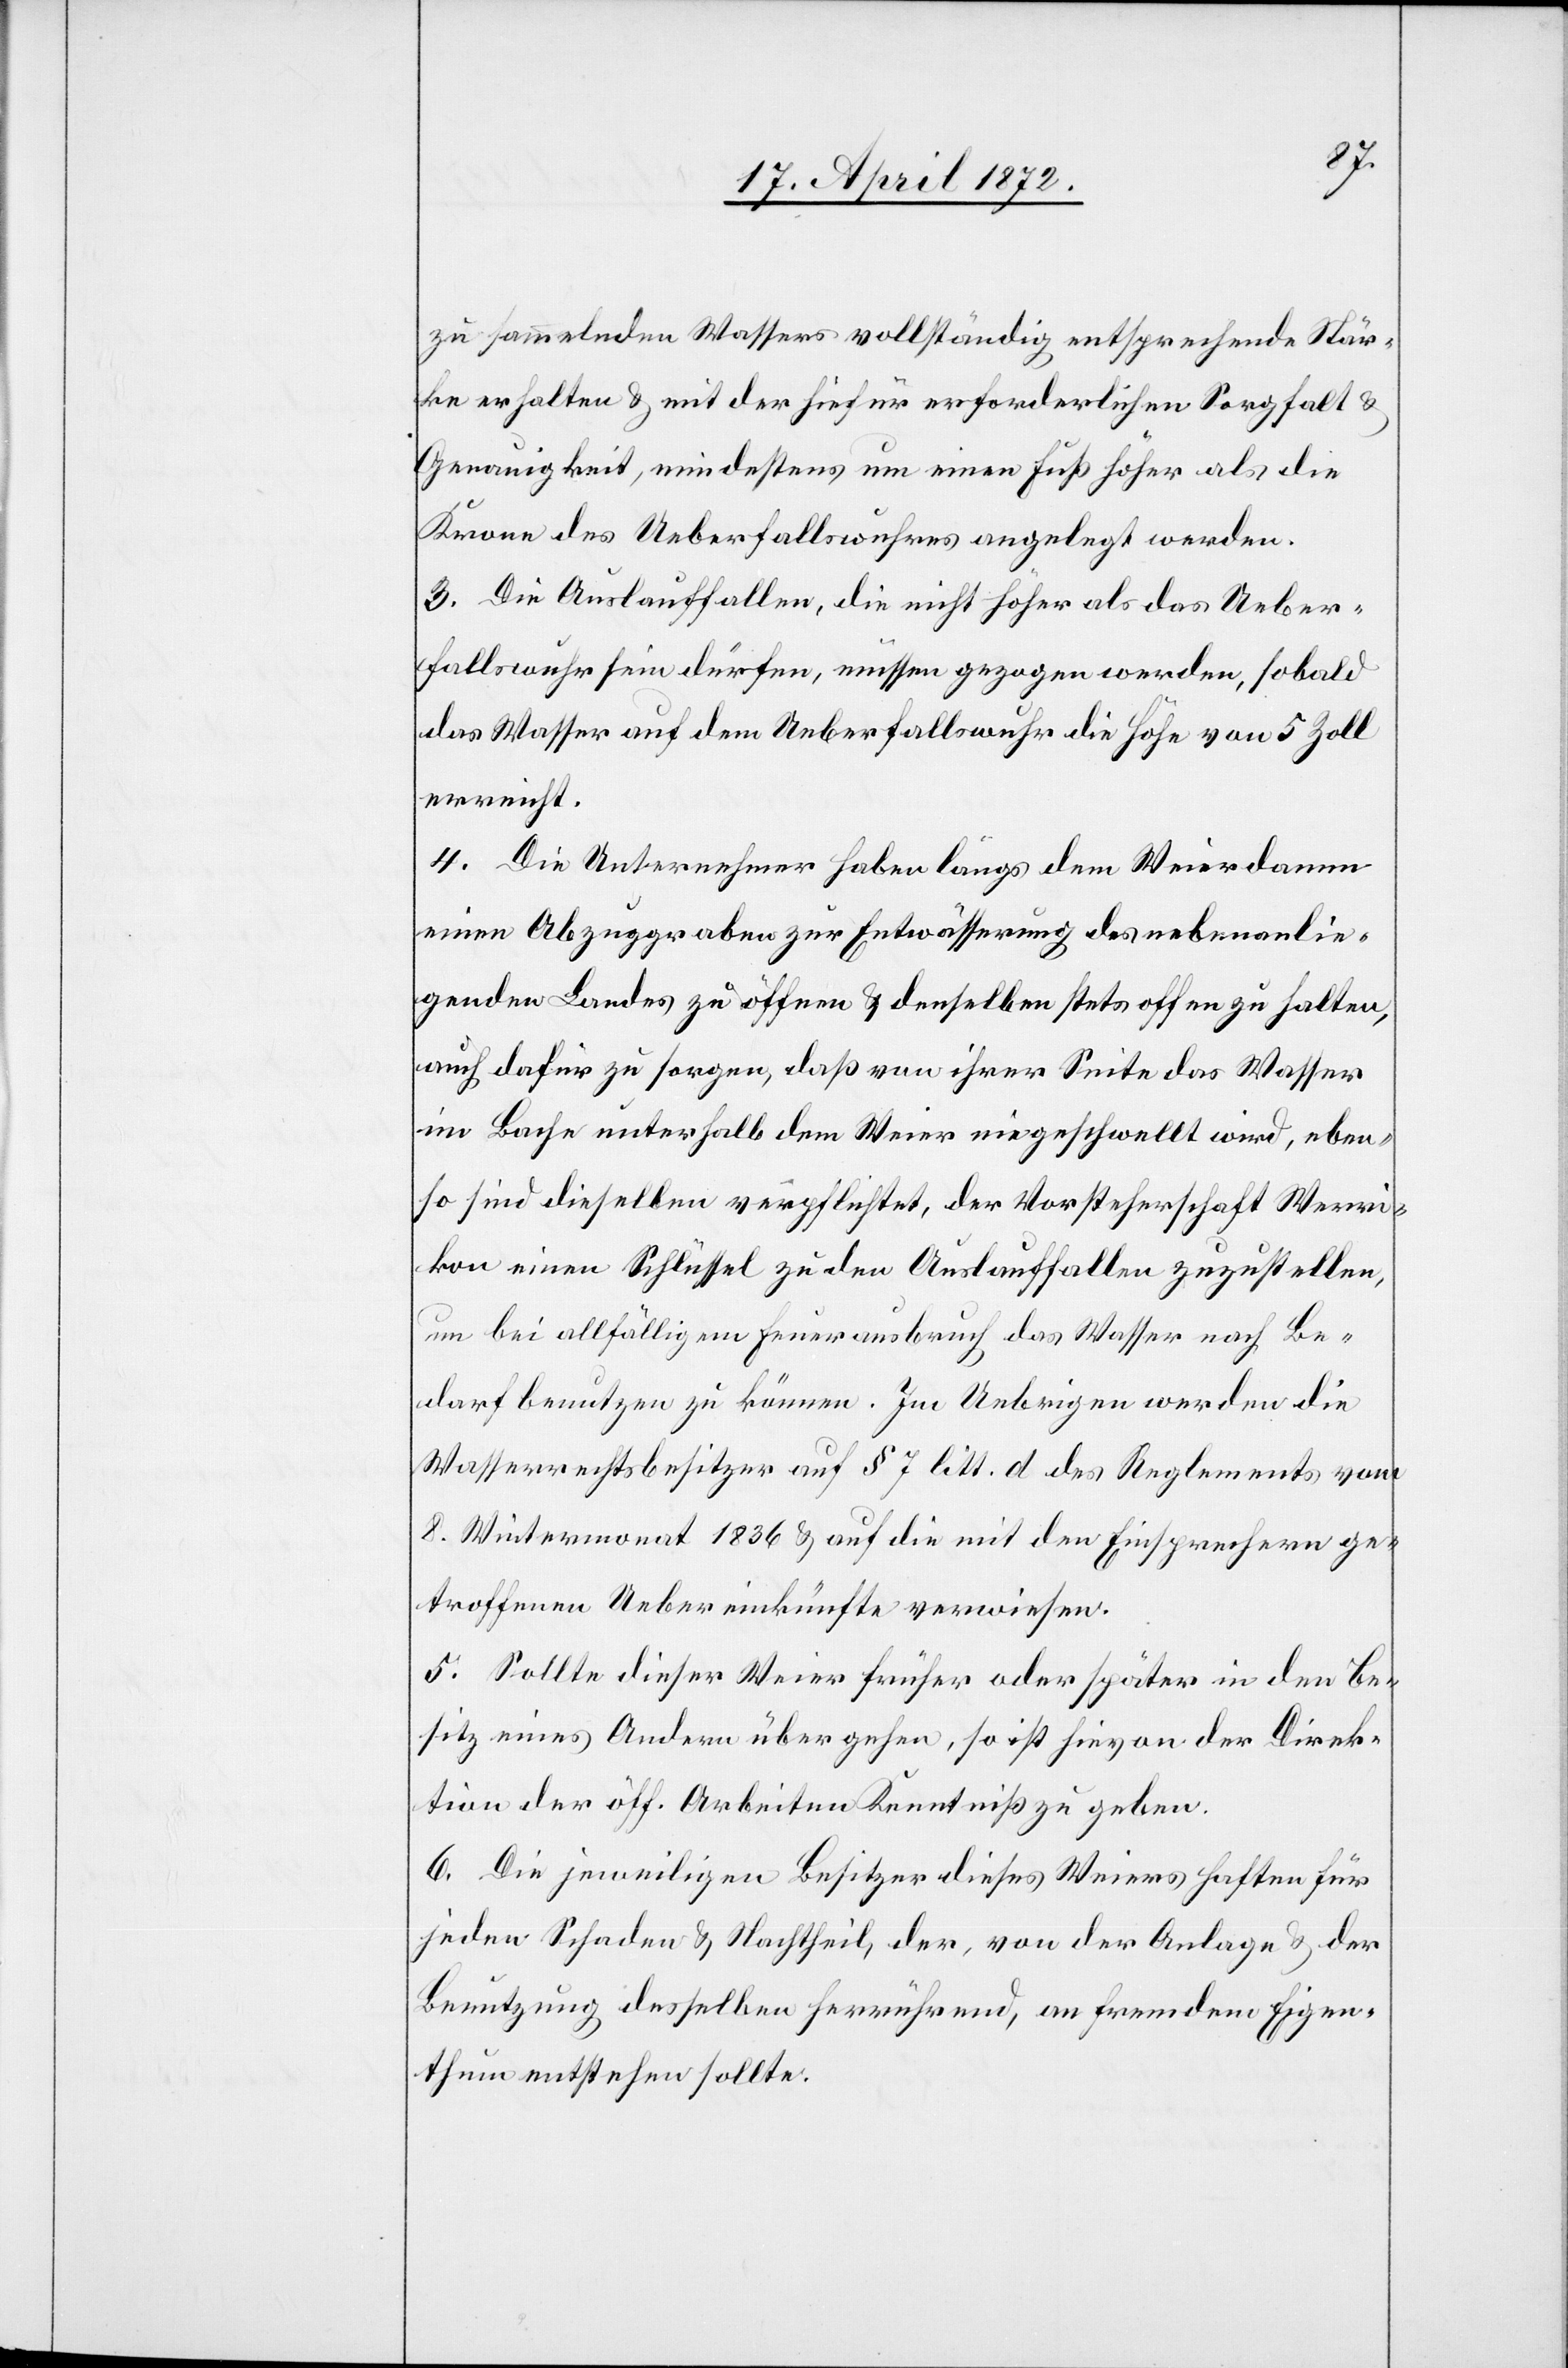
sammelnden Wassers vollständig entsprechende Stär¬
ke erhalten u. mit der hiefür erforderlichen Sorgfalt u.
Genauigkeit, mindestens um einen Fuß höher als die
Krone des Ueberfallswuhres angelegt werden.
3. Die Auslauffallen, die nicht höher als das Ueber¬
fallswuhr sein dürfen, müssen gezogen werden, sobald
das Wasser auf dem Ueberfallswuhr die Höhe von 5 Zoll
erreicht.
4. Die Unternehmer haben längs dem Weierdamm
einen Abzuggraben zur Entwässerung des nebenanlie¬
genden Landes zu öffnen u. denselben stets offen zu halten,
auch dafür zu sorgen, daß von ihrer Seite das Wasser
im Bache unterhalb dem Weier eingeschwellt wird, eben¬
so sind dieselben verpflichtet, der Vorsteherschaft Werri¬
kon einen Schlüssel zu den Auslauffallen zuzustellen,
um bei allfälligem Feuerausbruch das Wasser nach Be¬
darf benutzen zu können. Im Uebrigen werden die
Wasserrechtsbesitzer auf § 7 litt d des Reglements vom
8. Wintermonat 1836 u. auf die mit den Einsprechern ge¬
troffenen Uebereinkünfte verwiesen.
5. Sollte dieser Weier früher oder später in den Be¬
sitz eines Andern übergehen, so ist hievon der Direk¬
tion der öff. Arbeiten Kenntniß zu geben.
6. Die jeweiligen Besitzer dieses Weiers haften für
jeden Schaden u. Nachtheil der, von der Anlage u. der
Benutzung derselben herrührend, an fremdem Eigen¬
thum entstehen sollte.